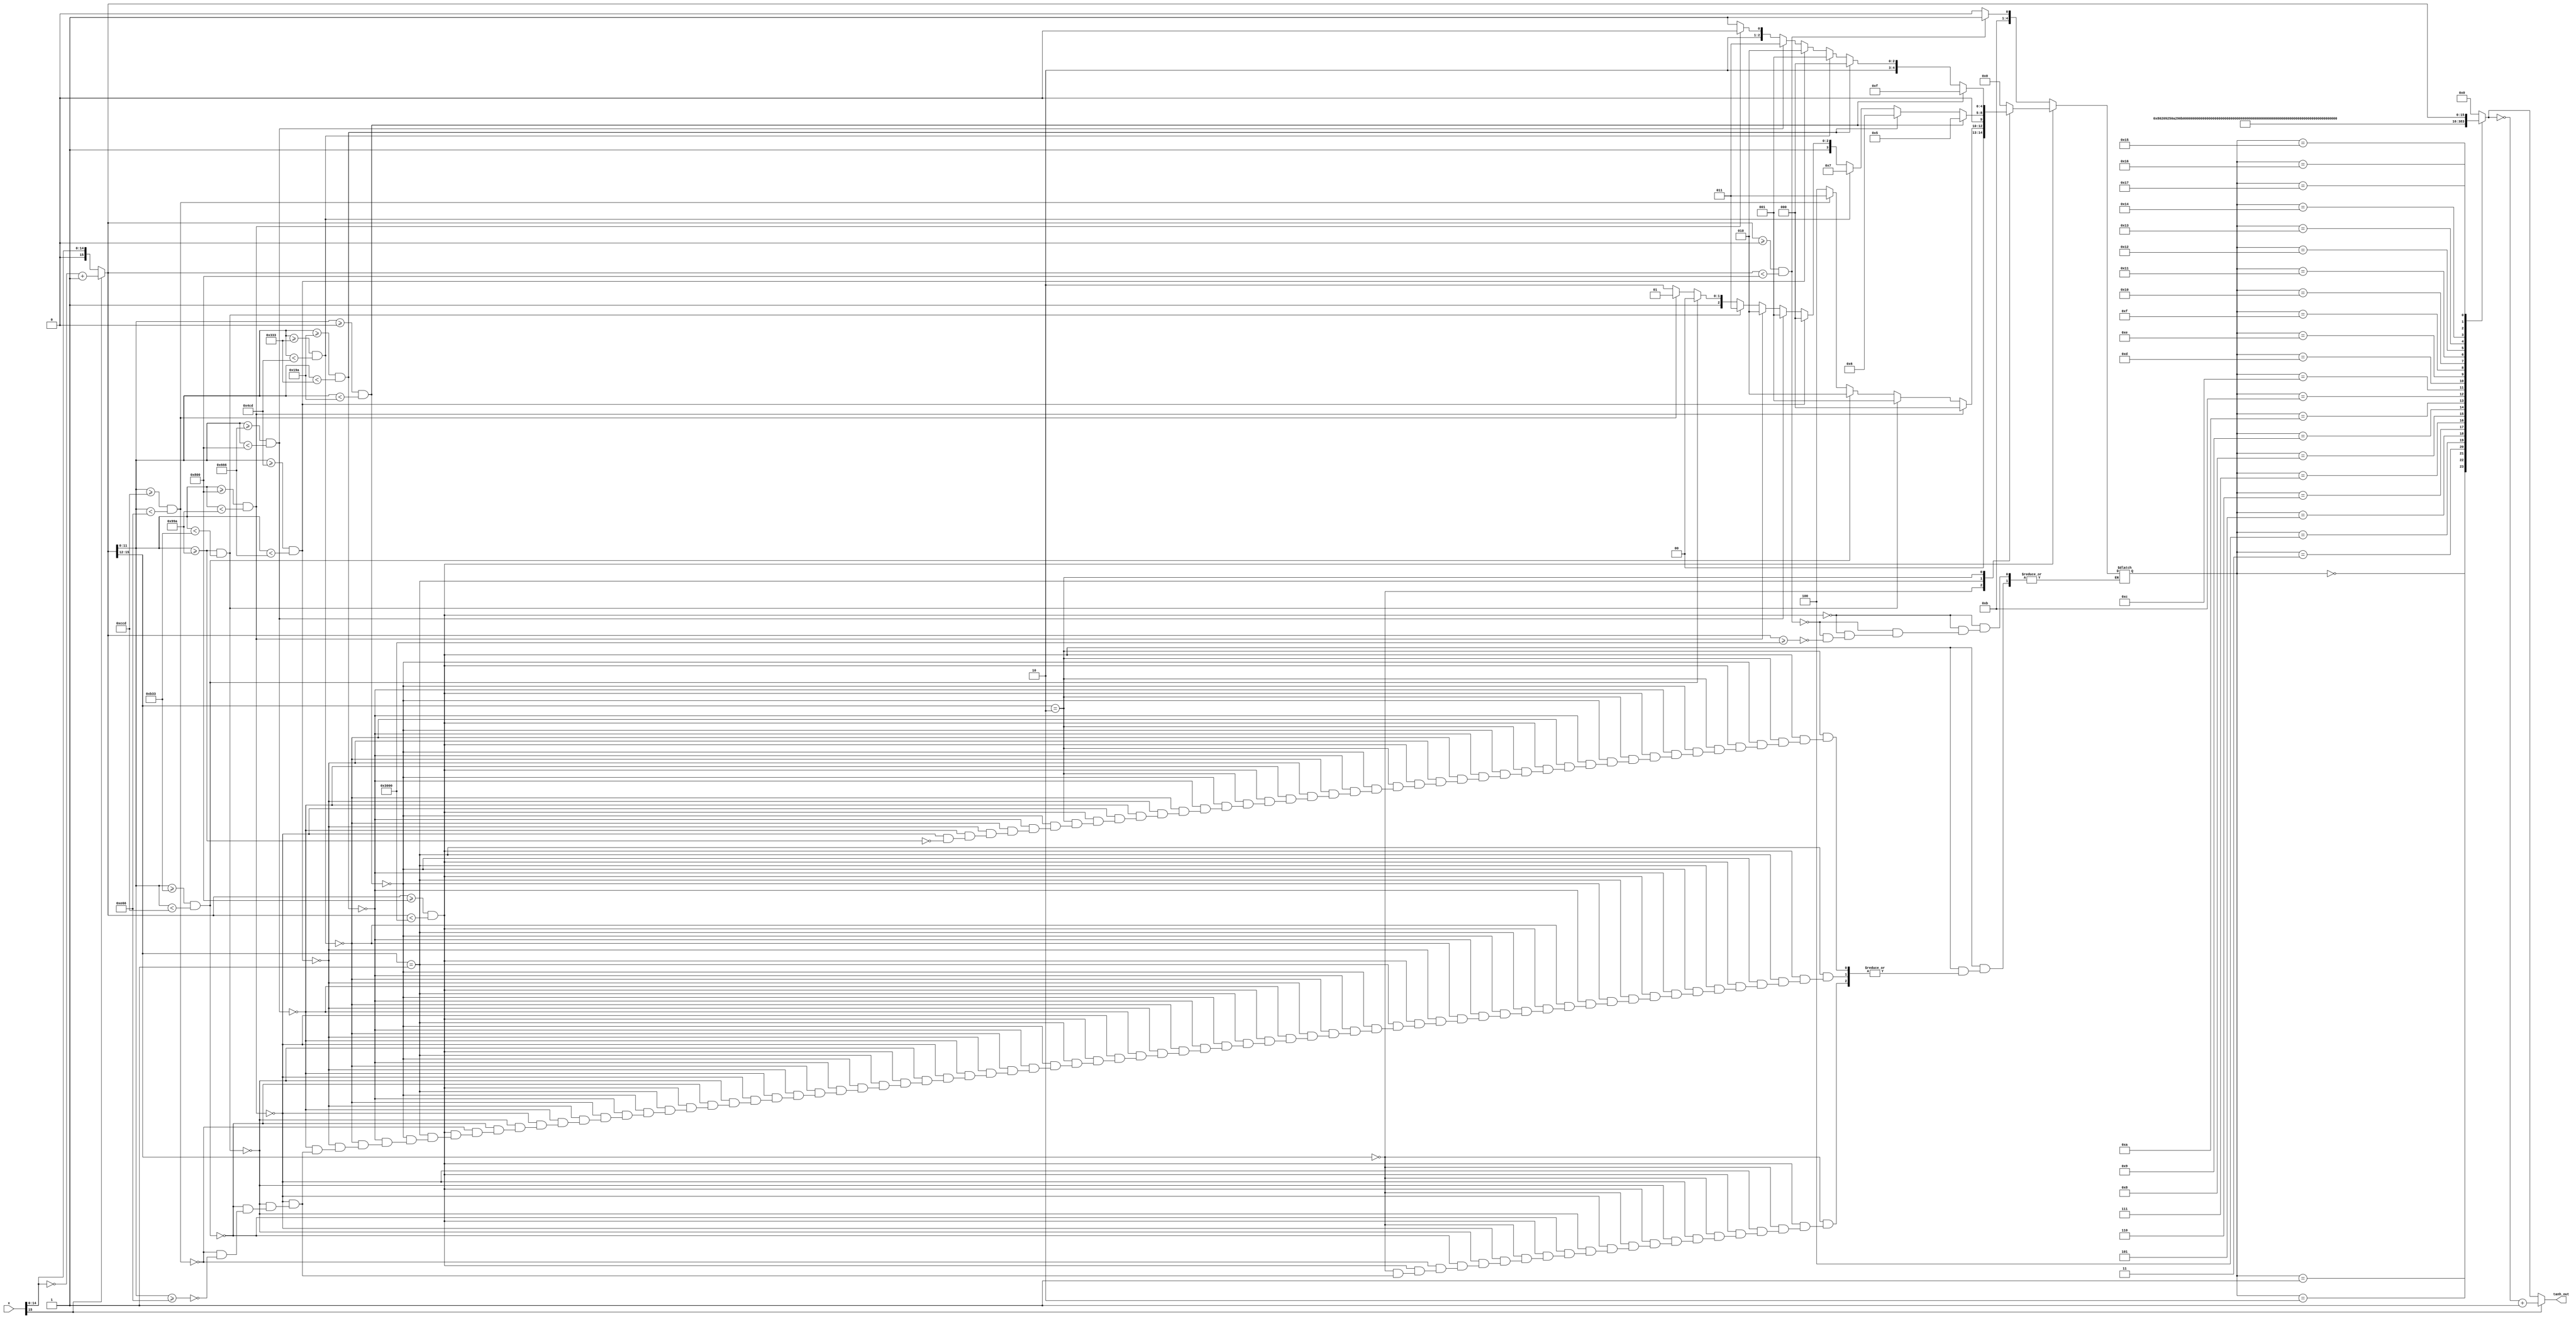
`define SIMULATION_MEMORY
`define ARRAY_DEPTH 64      //Number of Hidden neurons
`define INPUT_DEPTH 100	    //LSTM input vector dimensions
`define DATA_WIDTH 16		//16 bit representation
`define INWEIGHT_DEPTH 6400 //100x64
`define HWEIGHT_DEPTH 4096  //64x64
`define varraysize 1600   //100x16
`define uarraysize 1024  //64x16

module tanh(
input [15:0] x,
output [15:0] tanh_out);

reg [15:0] lut;
wire [15:0] x_comp;
reg [15:0] tanh_comp;
//reg [15:0] tanh;
reg [4:0] address;


assign x_comp = x[15]? {1'b0,~(x[14:0])}+1'b1:x; // first take 2's complement if x is negative
assign tanh_out = x[15]?(~lut+1'b1):lut; // take 2's complement of tanh if x was negative

always @(address)
begin
  case(address) 	    
  5'd0:  lut =16'b0000100000000010; //address(0.55)
  5'd1:  lut=16'b0000100100100101; //address(0.65)
  5'd2:  lut=16'b0000101000101001; //address(0.75)
  5'd3:  lut=16'b0000101100001110; //address(0.85)
  5'd4:  lut=16'b0000101111010110; //address(0.95)
  5'd5:  lut=16'b0000110010000010; //address(1.05)
  5'd6:  lut=16'b0000110100010101; //address(1.15)
  5'd7:  lut=16'b0000110110010010; //address(1.25)
  5'd8:  lut=16'b0000110111111100; //address(1.35)
  5'd9:  lut=16'b0000111001010100; //address(1.45)
  5'd10:  lut=16'b0000111010011110; //address(1.55)
  5'd11:  lut=16'b0000111011011100; //address(1.65)
  5'd12:  lut=16'b0000111100001111; //address(1.75)
  5'd13:  lut=16'b0000111100111010; //address(1.85)
  5'd14:  lut=16'b0000111101011101; //address(1.95)
  5'd15:  lut=16'b0000111101111010; //address(2.05)
  5'd16:  lut=16'b0000111110010010; //address(2.15)
  5'd17:  lut=16'b0000111110100110; //address(2.25)
  5'd18:  lut=16'b0000111110110110; //address(2.35)
  5'd19:  lut=16'b0000111111000011; //address(2.45)
  5'd20:  lut=16'b0000111111001110; //address(2.55)
  5'd21:  lut=16'b0000111111101011; //address(3.0)
  5'd22:  lut=16'b0001000000000000; //1
  5'd23:  lut=x_comp;
  default: lut=0;
  endcase
end

always@(x)
begin
  /*if(rst == 0)
        tanh_out = 0;
  else
    begin*/
    // first take 2's complement if x is negative
    /*if(x[15] == 1'b1)
        begin
            x_comp = {1'b0,~(x[14:0])}+1'b1;
        end
    else
        begin
            x_comp = x;
    end*/
    
    // next find the address
   
    if((x_comp >= 16'h0800) && (x_comp < 16'h3000))
    begin
    case(x_comp[15:12])
        4'b0000:begin
                if((x_comp[11:0] >= 16'h800) && (x_comp[11:0] < 16'h99a))
                    address = 5'd0;
                else if((x_comp[11:0] >= 16'h99a) && (x_comp[11:0] < 16'hb33))
                    address = 5'd1;
                else if((x_comp[11:0] >= 16'hb33) && (x_comp[11:0] < 16'hccd))
                    address = 5'd2;
                else if((x_comp[11:0] >= 16'hccd) && (x_comp[11:0] < 16'he66))
                    address = 5'd3;
                else if(x_comp[11:0] >= 16'he66)
                    address = 5'd4;
                end
        4'b0001:begin
                if((x_comp[11:0] >= 16'h000) && (x_comp[11:0] < 16'h19a))
                    address = 5'd5;
                else if((x_comp[11:0] >= 16'h19a) && (x_comp[11:0] < 16'h333))
                    address = 5'd6;
                else if((x_comp[11:0] >= 16'h333) && (x_comp[11:0] < 16'h4cd))
                    address = 5'd7;
                else if((x_comp[11:0] >= 16'h4cd) && (x_comp[11:0] < 16'h666))
                    address = 5'd8;
                else if((x_comp[11:0] >= 16'h666) && (x_comp[11:0] < 16'h800))
                    address = 5'd9;
                else if((x_comp[11:0] >= 16'h800) && (x_comp[11:0] < 16'h99a))
                    address = 5'd10;
                else if((x_comp[11:0] >= 16'h99a) && (x_comp[11:0] < 16'hb33))
                    address = 5'd11;
                else if((x_comp[11:0] >= 16'hb33) && (x_comp[11:0] < 16'hccd))
                    address = 5'd12;
                else if((x_comp[11:0] >= 16'hccd) && (x_comp[11:0] < 16'he66))
                    address = 5'd13;
                else if(x_comp[11:0] >= 16'he66)
                    address = 5'd14;
                end
        4'b0010:begin
                if((x_comp[11:0] >= 16'h000) && (x_comp[11:0] < 16'h19a))
                    address = 5'd15;
                else if((x_comp[11:0] >= 16'h19a) && (x_comp[11:0] < 16'h333))
                    address = 5'd16;
                else if((x_comp[11:0] >= 16'h333) && (x_comp[11:0] < 16'h4cd))
                    address = 5'd17;
                else if((x_comp[11:0] >= 16'h4cd) && (x_comp[11:0] < 16'h666))
                    address = 5'd18;
                else if((x_comp[11:0] >= 16'h666) && (x_comp[11:0] < 16'h800))
                    address = 5'd19;
                else if((x_comp[11:0] >= 16'h800) && (x_comp[11:0] < 16'h99a))
                    address = 5'd20;
                else if(x_comp[11:0] >= 16'h99a)
                    address = 5'd21;
                end
	default: address = 0;
    endcase
    end
    
    else if((x_comp >= 16'h0000) && (x_comp < 16'h0800))
           begin
               address = 5'd23;
           end
    else if(x_comp >= 16'h3000)
           begin
               address = 5'd22;
           end               
   //end
    
end


endmodule